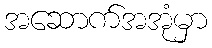
အဆောက်အအုံမှာ